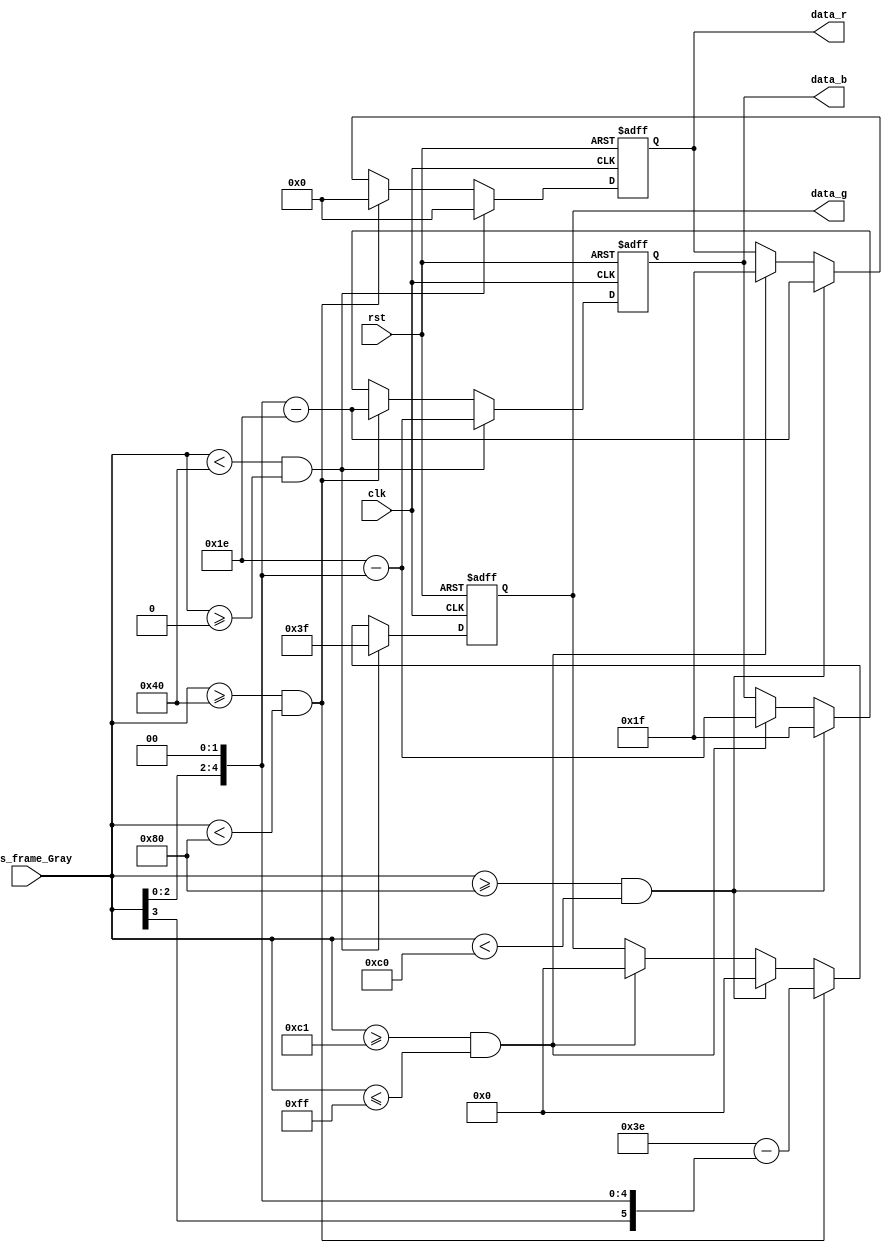
`timescale 1ns / 1ps
//////////////////////////////////////////////////////////////////////////////////
// Company: 
// Engineer: 
// 
// Design Name: 
// Module Name:     
// Project Name: 
// Target Devices: 
// Tool versions: 
// Description: 
//
// Dependencies: 
//
// Revision: 
// Revision 0.01 - File Created
// Additional Comments: 
//
//////////////////////////////////////////////////////////////////////////////////

`timescale 1ns/1ps
module  rgb_to_M(
	input                       clk,
	input                       rst,		
	input[7:0]                  cmos_frame_Gray,

	output reg[4:0]                 data_r,
	output reg[5:0]                 data_g,  //ycbcr_cb
	output reg[4:0]                 data_b //ycbcr_cr
);


//reg [4:0]data_r;
//reg [5:0]data_g;
//reg [4:0]data_b;
always@(posedge clk or posedge rst)
begin
  if(rst == 1'b1)
    begin
	   data_r <= 0;
		data_b <= 0;
		data_g <= 0;
	 end
  else if(cmos_frame_Gray < 64 && cmos_frame_Gray >= 0)
    begin
	   data_r <= 0;
		data_b <= 254 -{cmos_frame_Gray<<2};//4*data 
		data_g <= 255;
	 end
  else if(cmos_frame_Gray >= 64 && cmos_frame_Gray < 128)
    begin
	   data_r <= 0;
		data_b <= {cmos_frame_Gray<<2} - 254;//255;
		data_g <= 510 - {cmos_frame_Gray<<2};
	 end
  else if(cmos_frame_Gray >= 128 && cmos_frame_Gray < 192 )
    begin
	   data_r <= {cmos_frame_Gray<<2} - 510;
		data_b <= 255;
		data_g <= 0;
	 end
  else if(cmos_frame_Gray >= 193 && cmos_frame_Gray <= 255)
    begin
	   data_r <= 255;
		data_b <= 1022 - {cmos_frame_Gray<<2}; //1024
		data_g <= 0;
	 end
  else begin
      data_r <= data_r;
		data_b <= data_b;
		data_g <= data_g;
		 end
end


endmodule